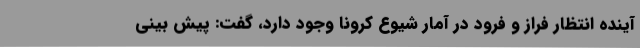
آینده انتظار فراز و فرود در آمار شیوع کرونا وجود دارد، گفت: پیش بینی